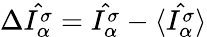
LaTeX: \Delta\hat{I_{\alpha}^{\sigma}}=\hat{I_{\alpha}^{\sigma}}-\langle\hat{I_{\alpha}^{\sigma}}\rangle